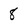
Character: 8